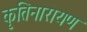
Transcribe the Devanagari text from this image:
कृतिनारायण